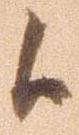
候